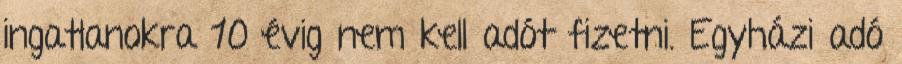
ingatlanokra 10 évig nem kell adót fizetni. Egyházi adó